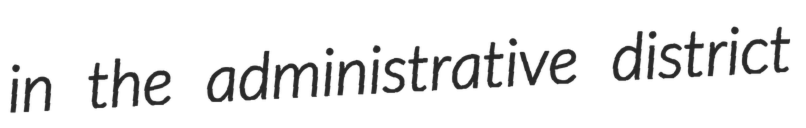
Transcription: in the administrative district